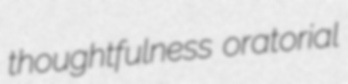
thoughtfulness oratorial